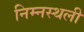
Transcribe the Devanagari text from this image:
निम्नस्थली